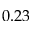
0 . 2 3